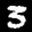
Label: 3